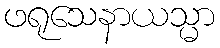
ဖရုသေနာယသ္မာ